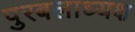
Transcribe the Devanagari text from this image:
पुरबलाध्यक्ष